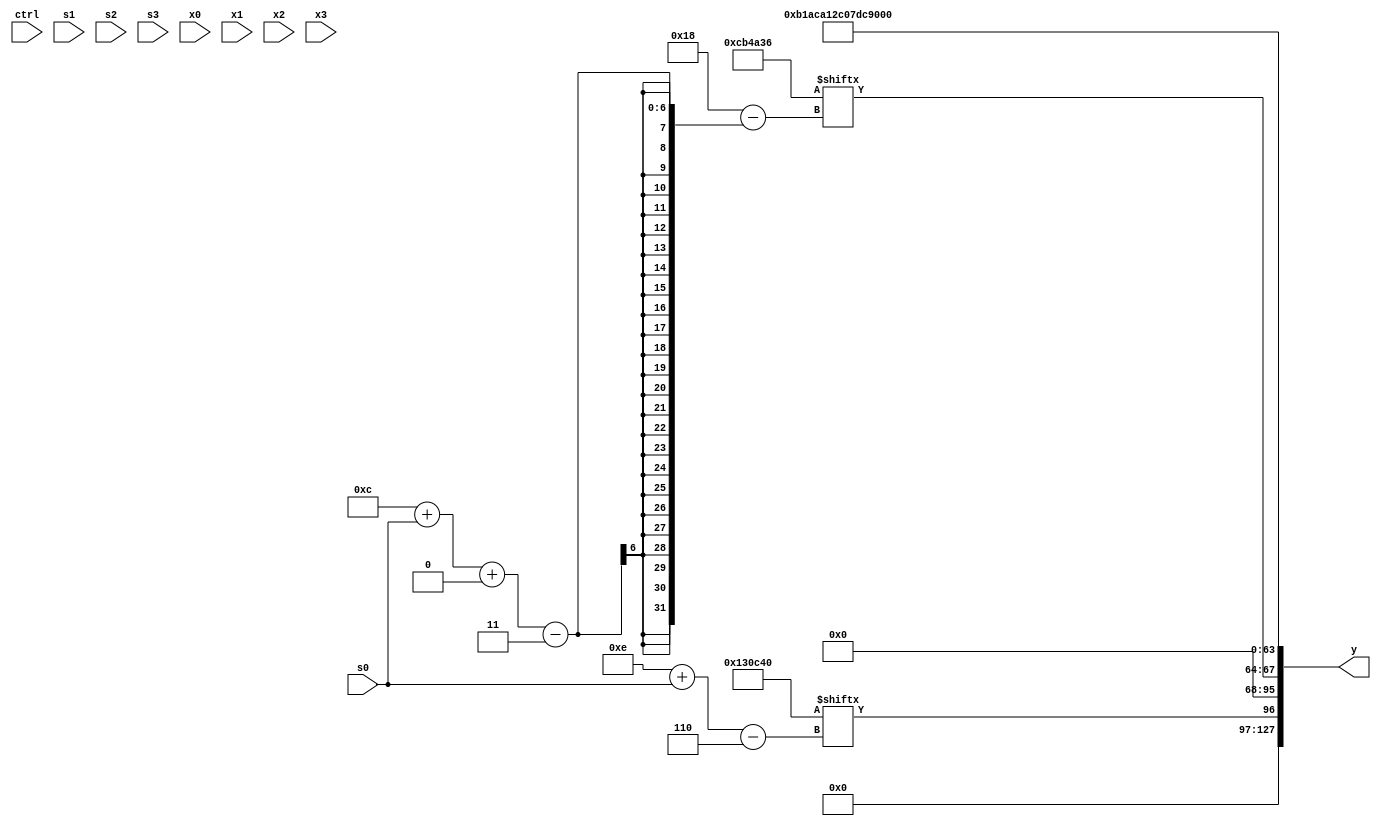
module partsel_00476(ctrl, s0, s1, s2, s3, x0, x1, x2, x3, y);
  input [3:0] ctrl;
  input [2:0] s0;
  input [2:0] s1;
  input [2:0] s2;
  input [2:0] s3;
  input [31:0] x0;
  input signed [31:0] x1;
  input [31:0] x2;
  input signed [31:0] x3;
  wire signed [28:0] x4;
  wire signed [6:26] x5;
  wire signed [24:4] x6;
  wire [31:2] x7;
  wire signed [3:26] x8;
  wire [1:24] x9;
  wire [0:27] x10;
  wire [4:30] x11;
  wire [3:24] x12;
  wire [7:28] x13;
  wire signed [31:7] x14;
  wire [1:26] x15;
  output [127:0] y;
  wire [31:0] y0;
  wire [31:0] y1;
  wire signed [31:0] y2;
  wire [31:0] y3;
  assign y = {y0,y1,y2,y3};
  localparam signed [26:6] p0 = 143854656;
  localparam signed [28:7] p1 = 103784441;
  localparam signed [3:30] p2 = 13322806;
  localparam [25:0] p3 = 967614764;
  assign x4 = {{{2{(p0[19 -: 3] - p3[9])}}, (x0[10 +: 1] + ({2{x0[11 + s3 -: 3]}} | x1))}, (x1[20 -: 1] + (!ctrl[3] || !ctrl[3] || ctrl[2] ? (!ctrl[2] || ctrl[1] || ctrl[0] ? x0[13 +: 2] : (ctrl[0] && ctrl[3] || ctrl[2] ? p3 : x1[19])) : x2[18 +: 1]))};
  assign x5 = p3;
  assign x6 = x4[18 + s1];
  assign x7 = {2{((p0[15 -: 1] & {2{p3}}) - {((p2[12 +: 2] + x3[11 + s0]) + x6[8 + s3]), ({2{p1[9 +: 4]}} | {p1[16 +: 3], x1[20]})})}};
  assign x8 = (!ctrl[1] || ctrl[2] || !ctrl[0] ? (ctrl[3] || ctrl[3] || !ctrl[0] ? ({2{x1[9]}} + ((x2[14 + s0] + p0[10]) + x3[8 +: 1])) : (x6 & (p2[10 + s1] & (!ctrl[2] && ctrl[2] && ctrl[0] ? (x6[12 + s2] | p3) : x3[18 +: 1])))) : x2);
  assign x9 = p3;
  assign x10 = {{(ctrl[1] || ctrl[0] && ctrl[3] ? (x8[13 + s0 -: 5] & (p3[18 -: 1] + x3[17 -: 3])) : {2{((p2[12 + s1] & p1) & x6[9])}}), {2{(x3[20 + s1 +: 3] + {p3[6 + s0], x6[18]})}}}, (p3[11 + s0] | {x4, ((x0 | p3[13 -: 1]) & (p1[10 + s2] - p0))})};
  assign x11 = p0;
  assign x12 = (x1 - x2[12]);
  assign x13 = {2{p1[15 +: 4]}};
  assign x14 = (p1[10 +: 4] ^ p0[20 + s3 -: 6]);
  assign x15 = ({x8[14], p1[20 + s2 +: 5]} ^ ({{x14[8 + s2 +: 8], p0}, {2{x1[18 +: 3]}}} + (p1 | {{x10, p0[13 -: 2]}, x14[30 + s3 -: 3]})));
  assign y0 = p0[14 + s0];
  assign y1 = p2[12 + s0 +: 4];
  assign y2 = {2{p3}};
  assign y3 = (p1 ^ x11);
endmodule